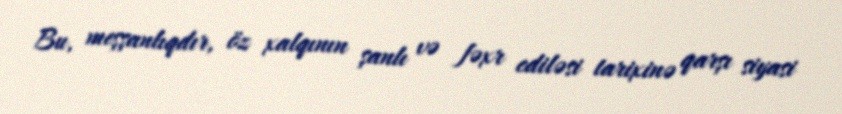
Bu, meşşanlıqdır, öz xalqının şanlı və fəxr ediləsi tarixinə qarşı siyasi